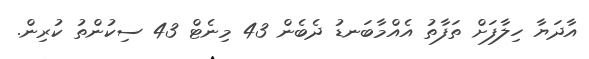
އާދަޔާ ހިލާފަށް ތަފާތު އެއްމާބަނޑު ދެބެން 43 މިނެޓް 43 ސިކުންތު ކުރިން.